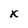
Character: K